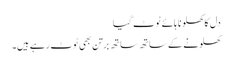
دل کا کھلونا ہائے ٹوٹ گیا
کھلونے کے ساتھ ساتھ برتن بھی ٹوٹ رہے ہیں۔